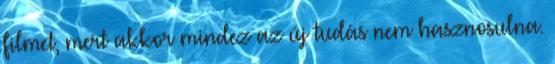
filmet, mert akkor mindez az új tudás nem hasznosulna.